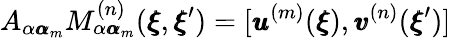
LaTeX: A_{\alpha{\pmb\alpha}_{m}}M_{\alpha{\pmb\alpha}_{m}}^{(n)}({\pmb\xi},{\pmb\xi}^{\prime})=[{\pmb u}^{(m)}({\pmb\xi}),{\pmb v}^{(n)}({\pmb\xi}^{\prime})]